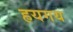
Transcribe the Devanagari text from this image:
हयगय